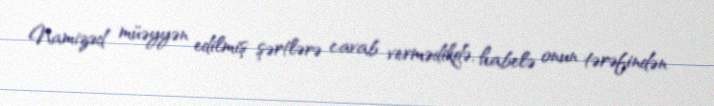
Namizəd müəyyən edilmiş şərtlərə cavab vermədikdə, habelə onun tərəfindən